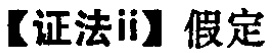
【证法ii】假定